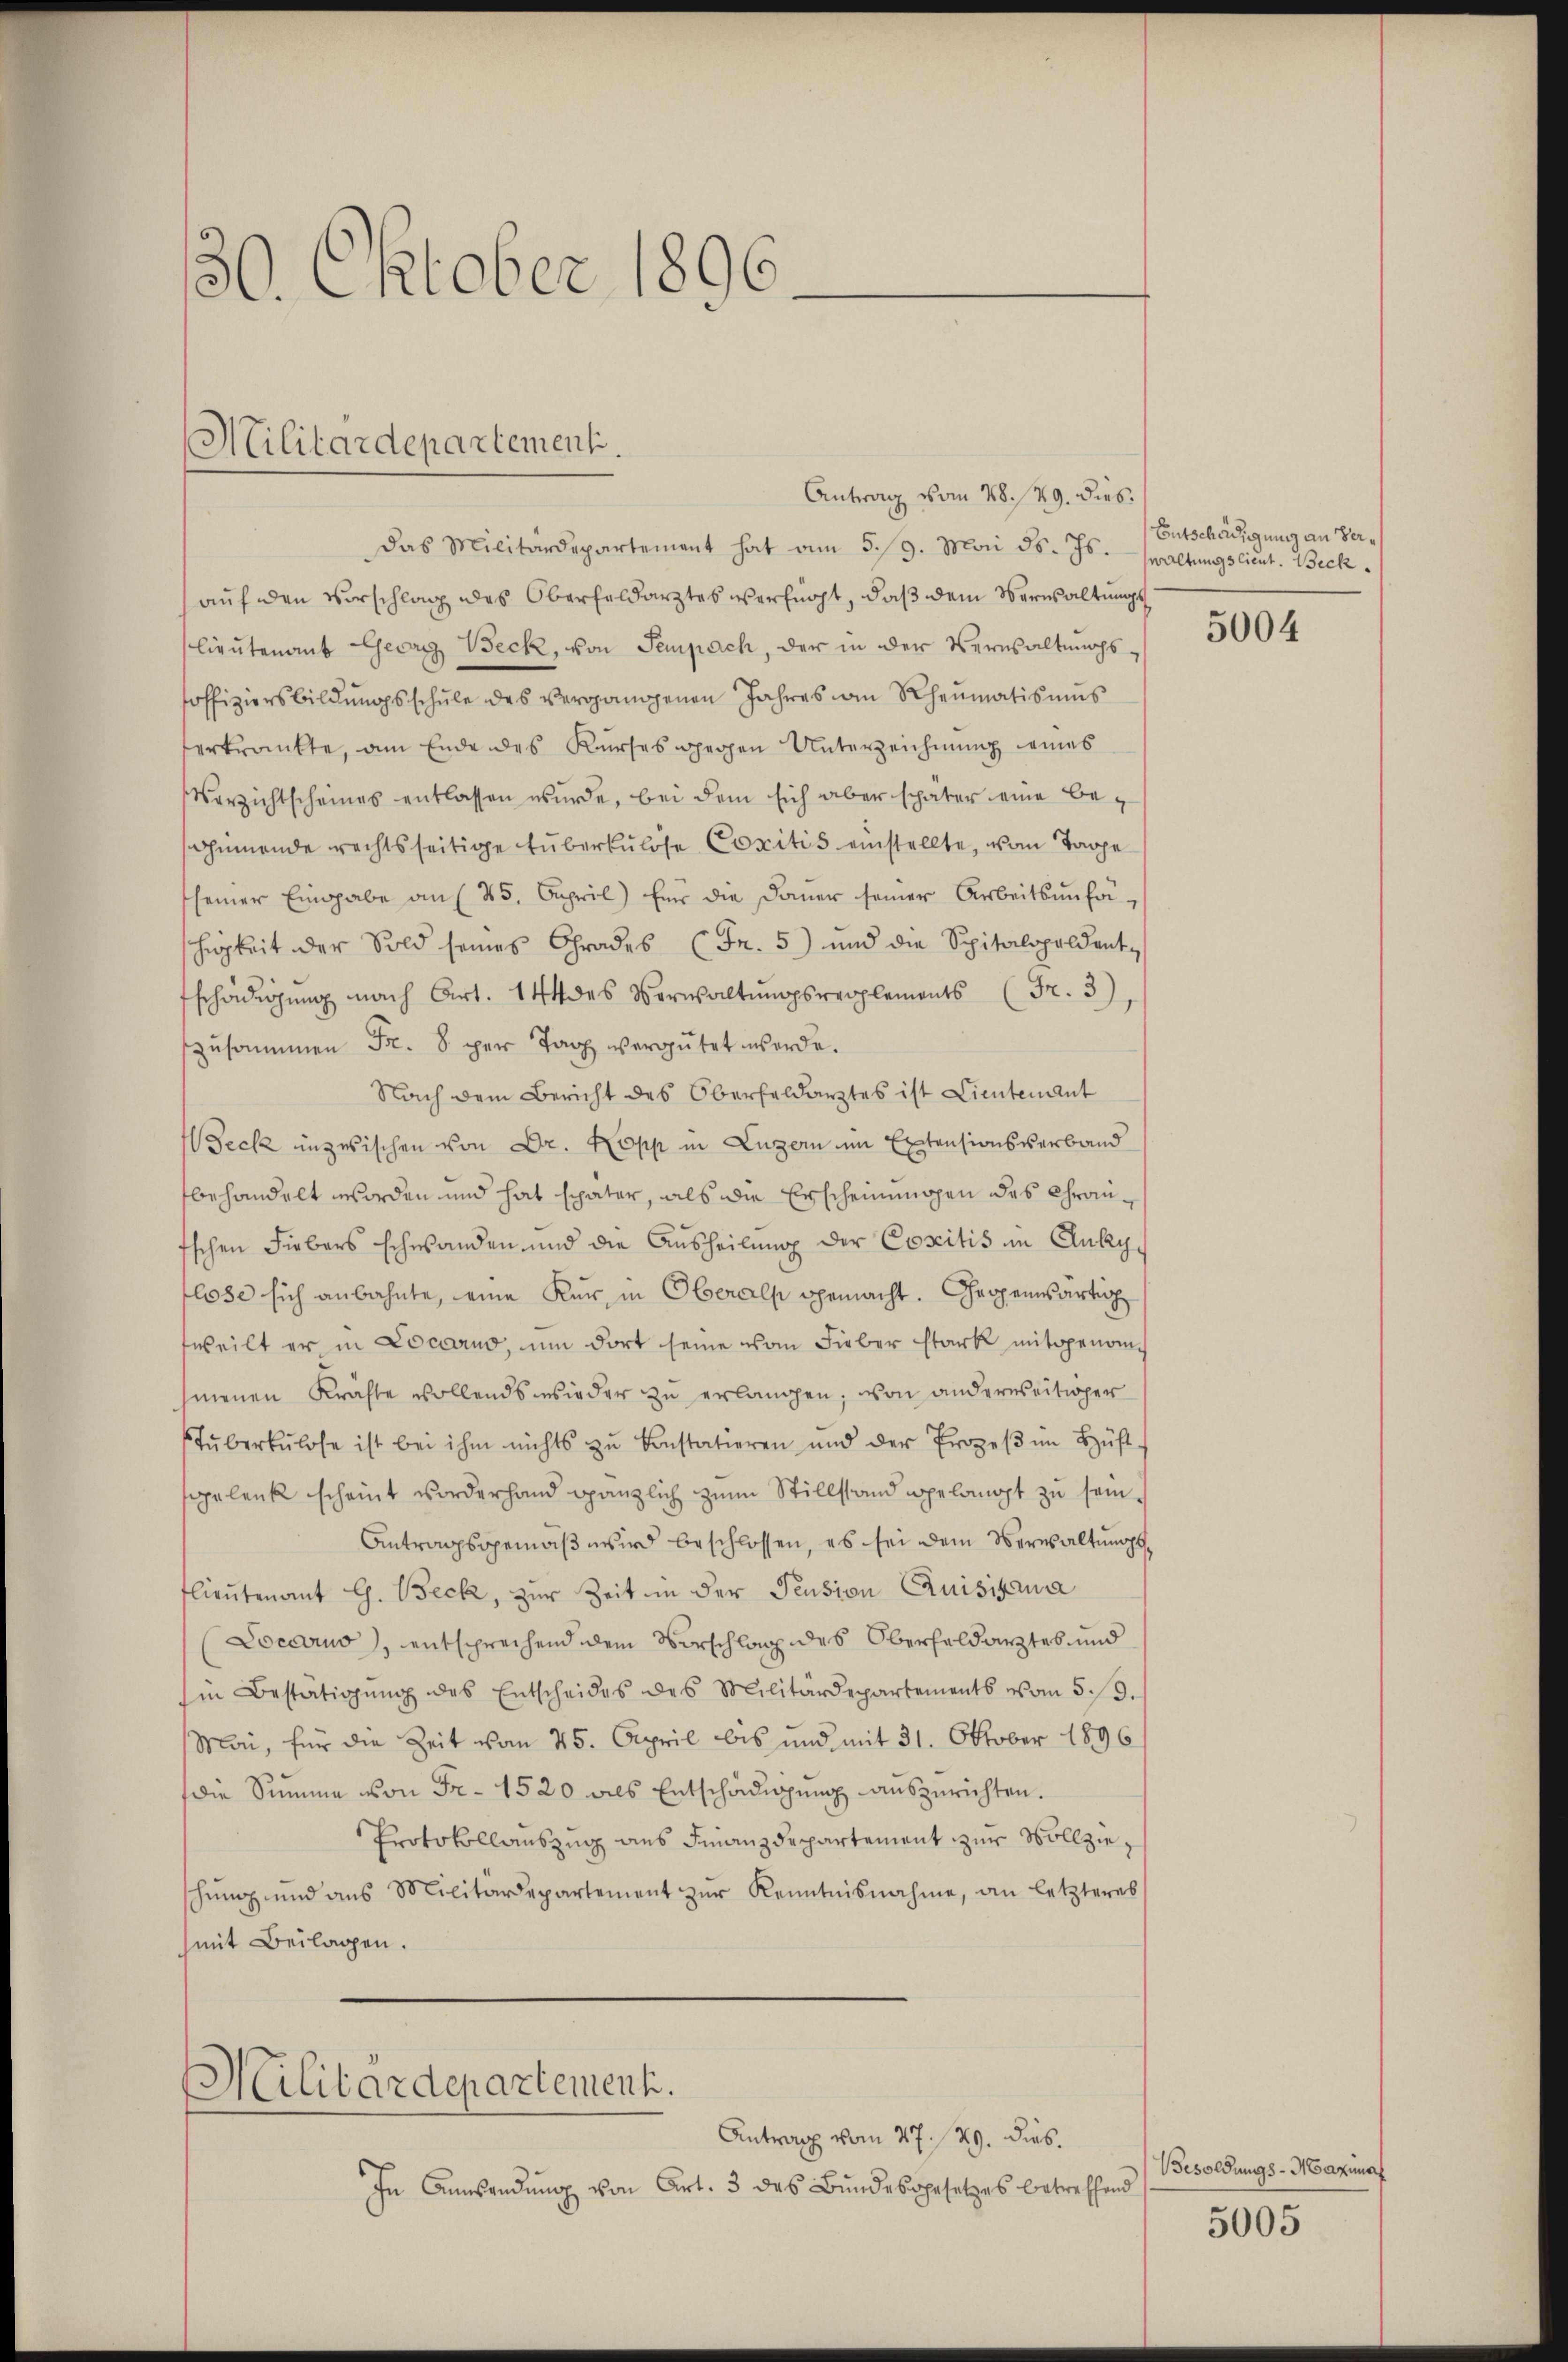
30. Oktober 1896.

Militärdepartement.

Antrag vom 28./29. dies
das Militärdepartement hat am 5./9. Mai d. Js. waltungslieut. Beck
auf den Vorschlag des Oberfeldarztes verfügt, daß dem Verwaltungslieutenant Georg Weck, von Sempach, der in der Verwaltŭngs-
soffiziersbildŭngsschŭle des vergangenen Jahres am Rheumatismus
erkrankte, am Ende des Kurses gegen Unterzeichnung eines
Verzichtscheines entlassen wŭrde, bei dem sich aber später eine bespinnende rechtsseitige Huberkulose Copitis einstellte, von Tage
fseiner Eingabe am 25. April) für die Dauer seiner Arbeitsunfähigkeit der Sold seines Grades (Fr. 5) und die Spitalspeldent-
schädigung nach Art. 144 des Verwaltungsrepplements Fr. 3)
zusammen Fr. 8. per Tag vergütet werde.
Nach dem Bericht des Oberfeldarztes ist Lientement
eck inzwischen von Dr. Kopp in Luzern im Extensionsverband
behandelt worden und hat später, als die Erscheinungen des Chrau¬
Eschen Fiebers schwanden und die Ausheilung der Copitis im Ankyflose sich anbahnte, eine Kur, in Oberals gemacht. Gropensartig
weilt er in Locarno, um dort seine vom Fieber stark mitgenomhienen Kräfte vollends wieder zu erlangen; von anderseitiger
stŭberkulose ist bei ihm nichts zu Constatieren und der Prozeβ in Hüft
sgelenk scheint worderhand gänzlich zum Stillstand gelangt zu sein.
Antragsgemäβ wird beschlossen, es sei dem Verwaltŭngs
flieutenant G. Beck, zur Zeit in der Pension Quisita
Docarius, entsprechend dem Vorschlag des Oberfeldarztes und
in Bestätigŭng des Entscheides des Militärdepartements vom 5./3.
Mai, für die Zeit vom 25. April bis und mit 31. Oktober 1896
(die Summe von Fr. 1520 als Entschädigung auszurichten.
Protokollauszug aus Finanzdepartement zur Vollzieschŭng und ans Militärdepartement zŭr Kenntnisnahme, an letzteres
mit Beilagen.
Militärdepartement.
Antrag vom 27./29. dies.
In Anwendung von Art. 3 des Bundesgesetzes betreffend

Entschädigung an Ver¬

5004

Besoldungs-Maximal
5005